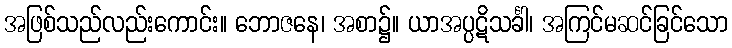
အဖြစ်သည်လည်းကောင်း။ ဘောဇနေ၊ အစာ၌။ ယာအပ္ပဋိသင်္ခါ၊ အကြင်မဆင်ခြင်သော